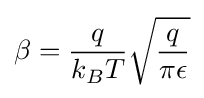
\beta ={\frac {q}{k_{B}T}}{\sqrt {\frac {q}{\pi \epsilon }}}